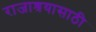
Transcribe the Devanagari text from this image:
राजाश्रयासाठी